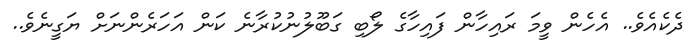
ދެކެއެވެ.. އެހެން ވީމަ ރައިހާން ފައިހާގެ ލޯބި ގަބޫލުނުކުރާނެ ކަން އަހަރެންނަށް ޔަގީނެވެ..